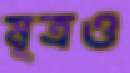
মূত্রও